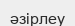
әзірлеу